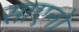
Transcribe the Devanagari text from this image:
साएनो